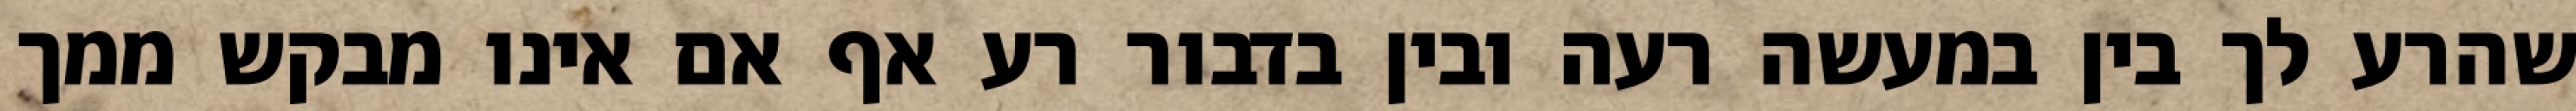
שהרע לך בין במעשה רעה ובין בדבור רע אף אם אינו מבקש ממך